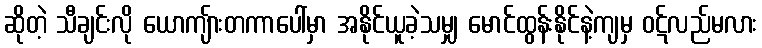
ဆိုတဲ့ သီချင်းလို ယောကျ်ားတကာပေါ်မှာ အနိုင်ယူခဲ့သမျှ မောင်ထွန်းနိုင်နဲ့ကျမှ ဝဋ်လည်မလား